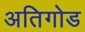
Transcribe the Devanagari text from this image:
अतिगोड